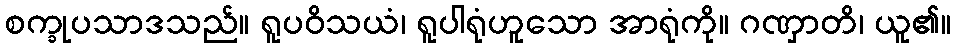
စက္ခုပသာဒသည်။ ရူပဝိသယံ၊ ရူပါရုံဟူသော အာရုံကို။ ဂဏှာတိ၊ ယူ၏။